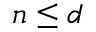
n \leq d